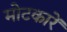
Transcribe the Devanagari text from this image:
मोटकारें